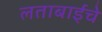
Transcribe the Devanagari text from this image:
लताबाईंचे